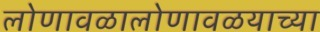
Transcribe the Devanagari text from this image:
लोणावळालोणावळयाच्या